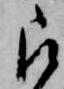
被